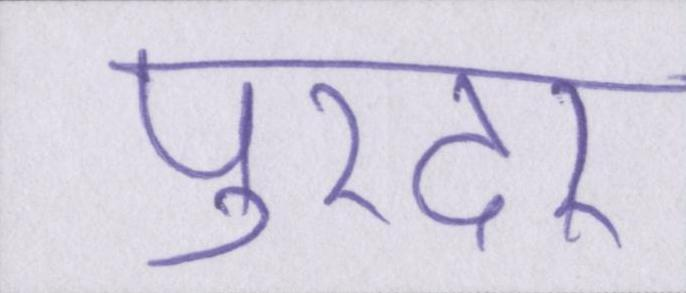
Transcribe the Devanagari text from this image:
पुरंदर